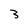
Character: 3